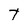
Character: t